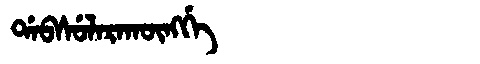
Manchu: ᡩᠠᠪᠰᡠᠯᠠᡵᠠᡴᡡᠩᡤᡝ
Romanization: DABSULARAKŪNGGE